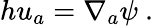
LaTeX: hu_{a}=\nabla_{a}\psi~.